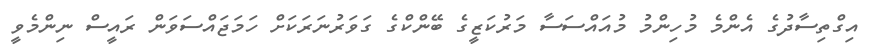
އިގްތިސާދުގެ އެންމެ މުހިންމު މުއައްސަސާ މަރުކަޒީގެ ބޭންކްގެ ގަވަރުނަރަކަށް ހަމަޖައްސަވަން ރައީސް ނިންމެވީ